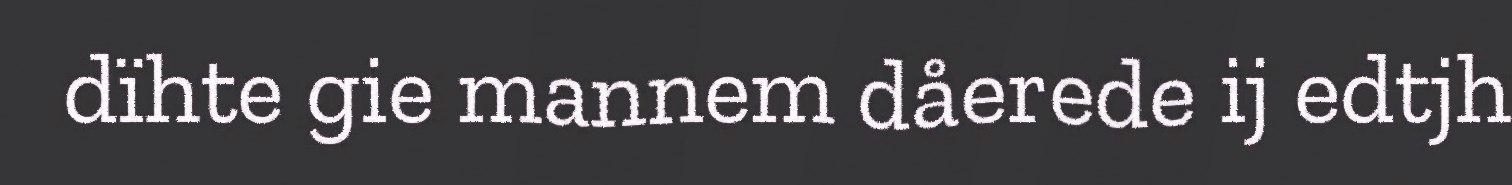
dïhte gie mannem dåerede ij edtjh